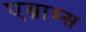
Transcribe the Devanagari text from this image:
एब्राम्‍स